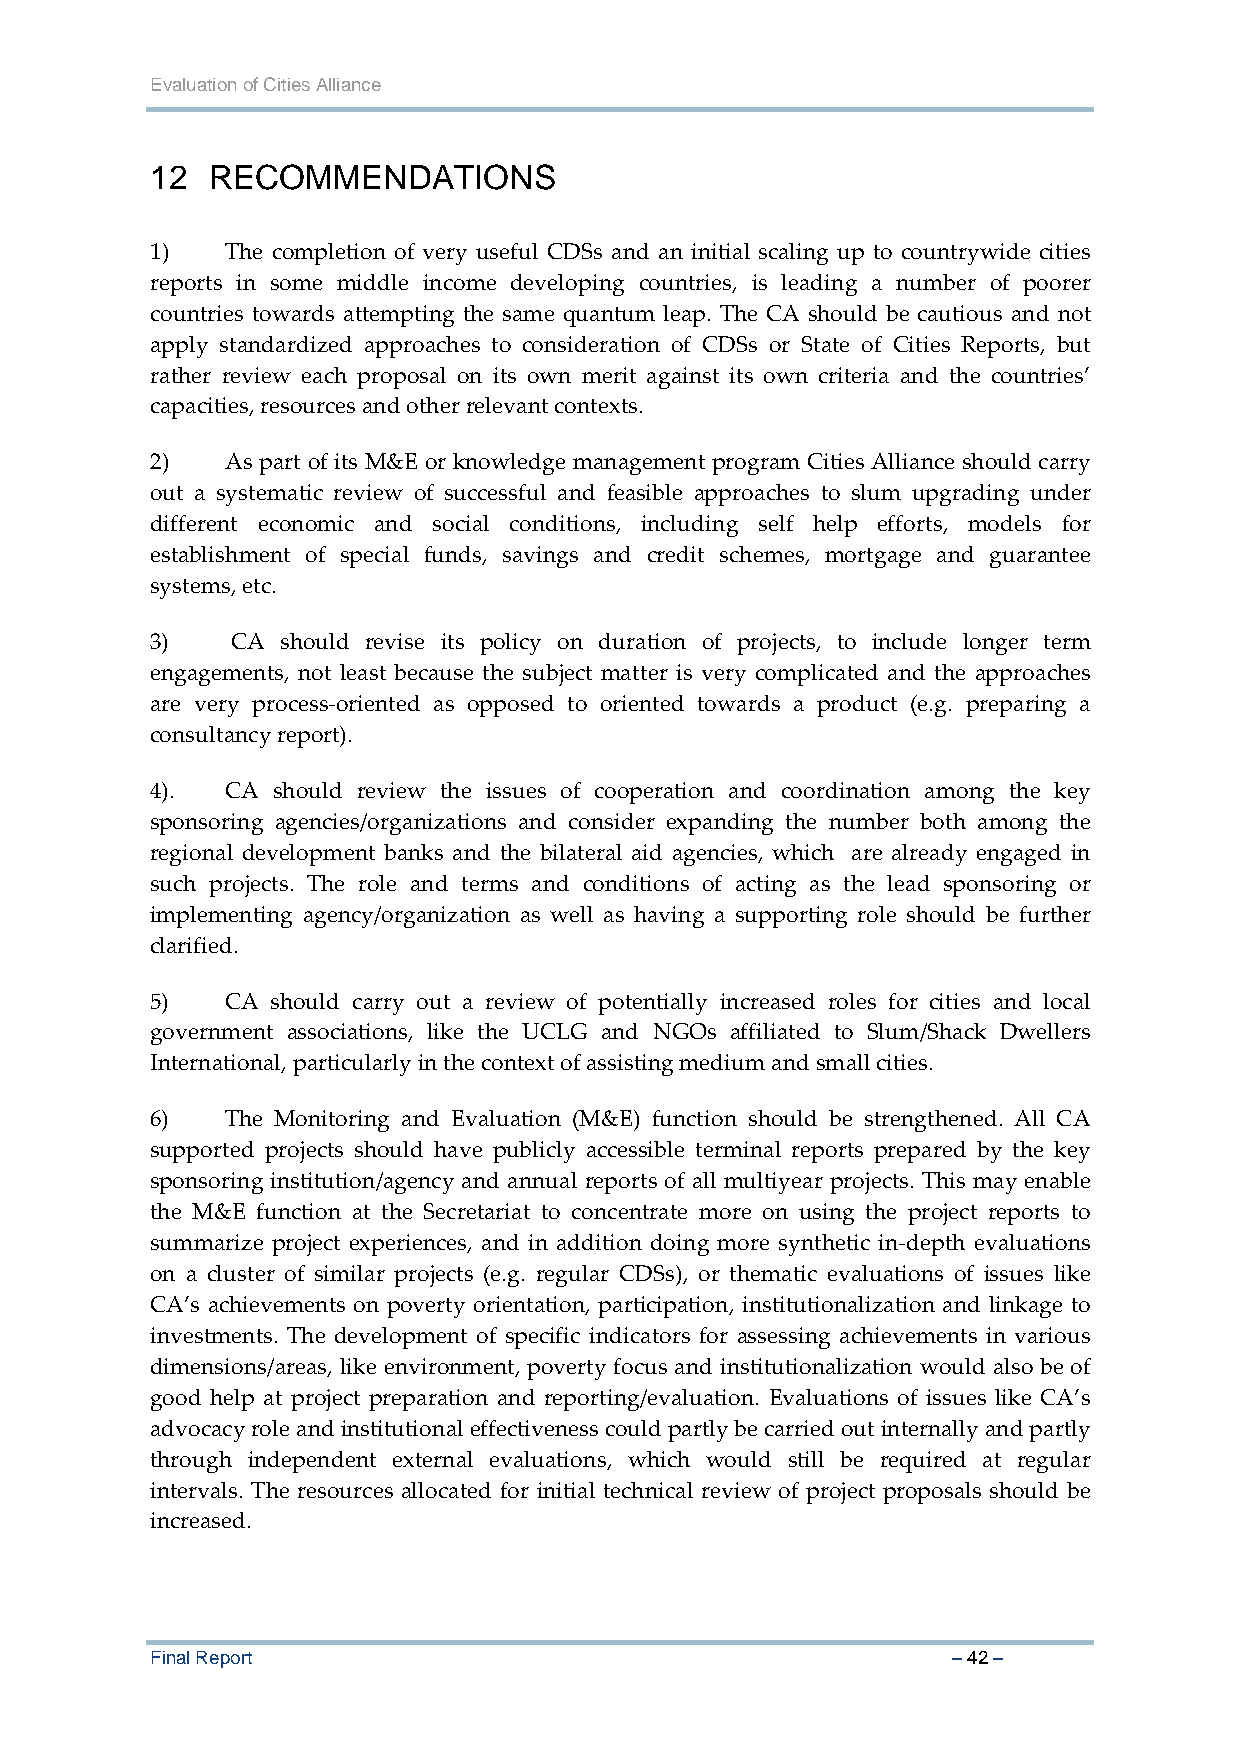
Evaluation of Cities Alliance
 12  RECOMMENDATIONS
 1)   The completion of very useful CDSs and an initial scaling up to countrywide cities
 reports in some middle income developing countries, is leading a number of poorer
 countries towards attempting the same quantum leap. The CA should be cautious and not
 apply standardized approaches to consideration of CDSs or State of Cities Reports, but
 rather review each proposal on its own merit against its own criteria and the countries’
 capacities, resources and other relevant contexts.
 2)   As part of its M&E or knowledge management program Cities Alliance should carry
 out a systematic review of successful and feasible approaches to slum upgrading under
 different economic and social conditions, including self help efforts, models for
 establishment of special funds, savings and credit schemes, mortgage and guarantee
 systems, etc.
 3)   CA  should revise its policy on duration of projects, to include longer term
 engagements, not least because the subject matter is very complicated and the approaches
 are very process‐oriented as opposed to oriented towards a product (e.g. preparing a
 consultancy report).
 4).  CA should review the issues of cooperation and coordination among the key
 sponsoring agencies/organizations and consider expanding the number both among the
 regional development banks and the bilateral aid agencies, which are already engaged in
 such projects. The role and terms and conditions of acting as the lead sponsoring or
 implementing agency/organization as well as having a supporting role should be further
 clarified.
 5)   CA should carry out a review of potentially increased roles for cities and local
 government associations, like the UCLG and NGOs affiliated to Slum/Shack Dwellers
 International, particularly in the context of assisting medium and small cities.
 6)   The Monitoring and Evaluation (M&E) function should be strengthened. All CA
 supported projects should have publicly accessible terminal reports prepared by the key
 sponsoring institution/agency and annual reports of all multiyear projects. This may enable
 the M&E function at the Secretariat to concentrate more on using the project reports to
 summarize project experiences, and in addition doing more synthetic in‐depth evaluations
 on a cluster of similar projects (e.g. regular CDSs), or thematic evaluations of issues like
 CA’s achievements on poverty orientation, participation, institutionalization and linkage to
 investments. The development of specific indicators for assessing achievements in various
 dimensions/areas, like environment, poverty focus and institutionalization would also be of
 good help at project preparation and reporting/evaluation. Evaluations of issues like CA’s
 advocacy role and institutional effectiveness could partly be carried out internally and partly
 through independent external evaluations, which would still be required at regular
 intervals. The resources allocated for initial technical review of project proposals should be
 increased.
 Final Report                                         – 42 –